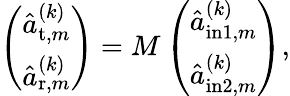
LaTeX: \left(\begin{array}{l}{\hat{a}_{\mathrm{t},m}^{(k)}}\\ {\hat{a}_{\mathrm{r},m}^{(k)}}\end{array}\right)=M\left(\begin{array}{l}{\hat{a}_{\mathrm{in}1,m}^{(k)}}\\ {\hat{a}_{\mathrm{in}2,m}^{(k)}}\end{array}\right),